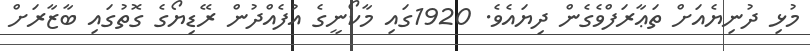
މުޅި ދުނިޔެއަށް ތަޢާރަފްވެގެން ދިޔައެވެ. 1920ގައި މާކޯނީގެ އުފެއްދުން ރޭޑިޔޯގެ ގޮތުގައި ބާޒާރަށް